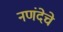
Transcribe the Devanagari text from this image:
नणंदेचे